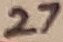
Text: 27